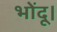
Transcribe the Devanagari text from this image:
भोंदू।